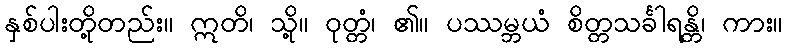
နှစ်ပါးတို့တည်း။ ဣတိ၊ သို့။ ဝုတ္တံ၊ ၏။ ပဿမ္ဘယံ စိတ္တသင်္ခါရန္တိ၊ ကား။